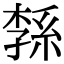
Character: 𦁝